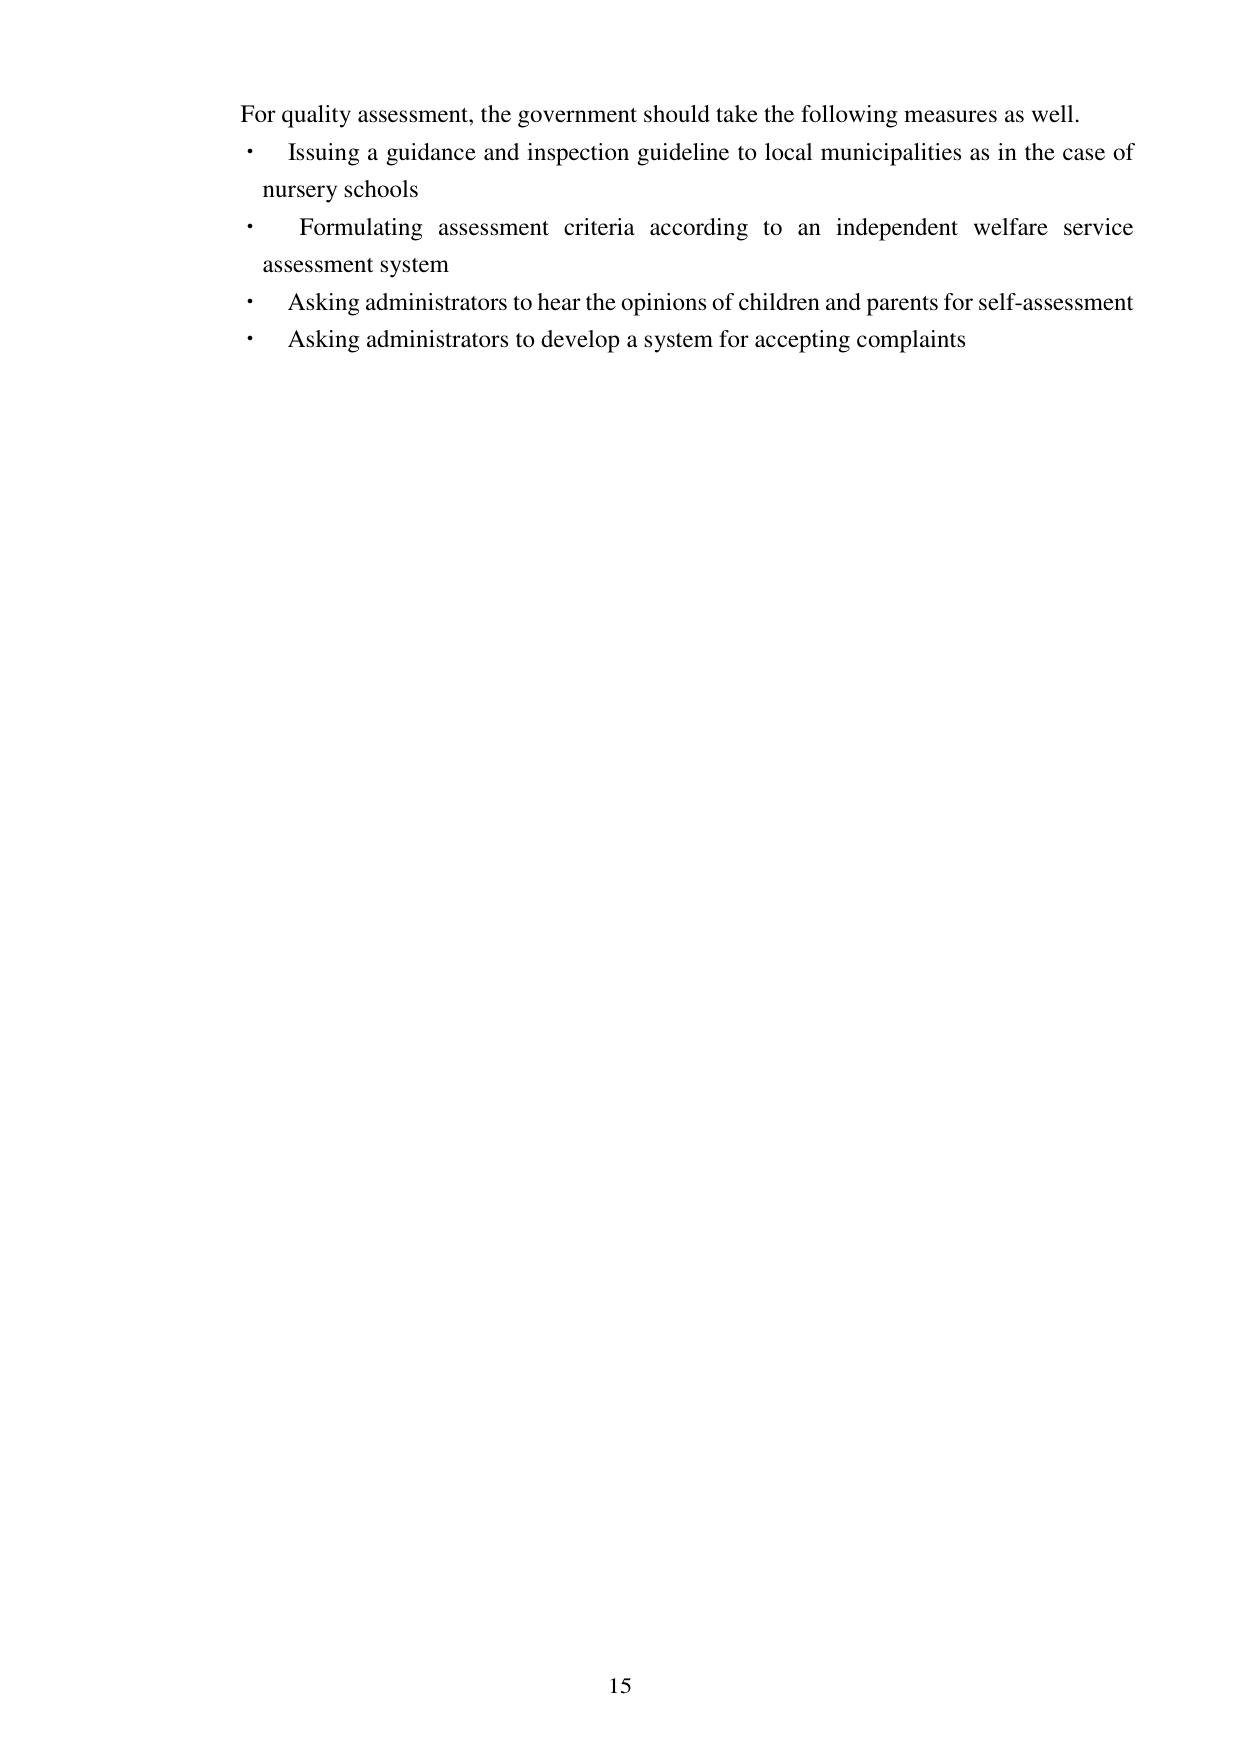
For quality assessment, the government should take the following measures as well.
• Issuing a guidance and inspection guideline to local municipalities as in the case of nursery schools
• Formulating assessment criteria according to an independent welfare service assessment system
• Asking administrators to hear the opinions of children and parents for self-assessment
• Asking administrators to develop a system for accepting complaints
15